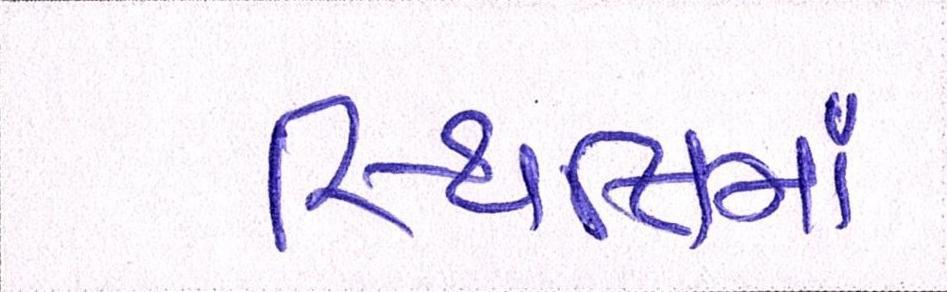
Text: સ્થિતિમાં